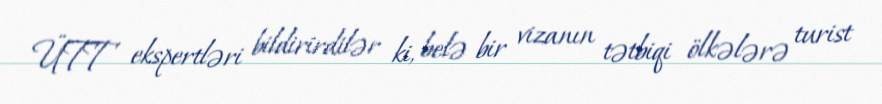
ÜTT ekspertləri bildirirdilər ki, belə bir vizanın tətbiqi ölkələrə turist